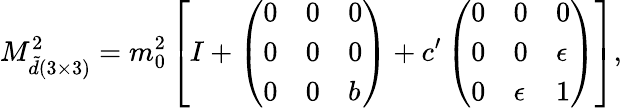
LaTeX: M_{\tilde{d}(3\times 3)}^{2}=m_{0}^{2}\left[I+\left(\begin{array}{lll}{{0}}&{{0}}&{{0}}\\ {{0}}&{{0}}&{{0}}\\ {{0}}&{{0}}&{{b}}\end{array}\right)+c^{\prime}\left(\begin{array}{lll}{{0}}&{{0}}&{{0}}\\ {{0}}&{{0}}&{{\epsilon}}\\ {{0}}&{{\epsilon}}&{{1}}\end{array}\right)\right],